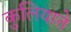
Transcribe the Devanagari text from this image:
कुलियाते